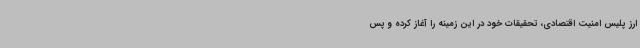
ارز پلیس امنیت اقتصادی، تحقیقات خود در این زمینه را آغاز کرده و پس